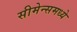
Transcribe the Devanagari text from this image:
सीमेन्समध्ये